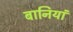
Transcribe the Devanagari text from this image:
बानियां